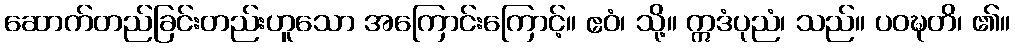
ဆောက်တည်ခြင်းတည်းဟူသော အကြောင်းကြောင့်။ ဧဝံ၊ သို့။ ဣဒံပုညံ၊ သည်။ ပဝဍ္ဎတိ၊ ၏။